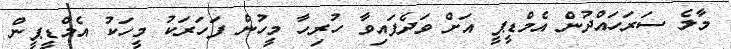
މާލެ ސަރަހައްދުން އެމްޑީޕީ އަށް ވަދެފައިވާ ހުރިހާ މީހުން ފަހަރަކު މީހަކު އެމްޑީޕީން